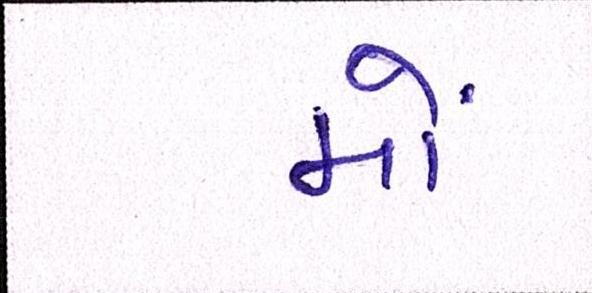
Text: મોં